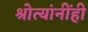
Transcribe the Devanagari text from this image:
श्रोत्यांनींही